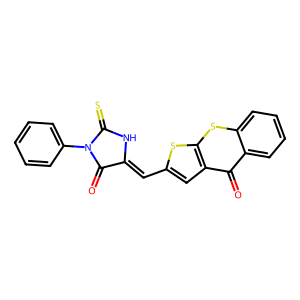
SMILES: O=C1C(=Cc2cc3c(=O)c4ccccc4sc3s2)NC(=S)N1c1ccccc1
Inhibits HIV replication: No